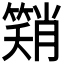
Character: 𮆂